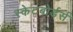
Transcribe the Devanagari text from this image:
स्केटबोर्डर्स